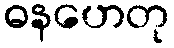
ဓနဟေတု